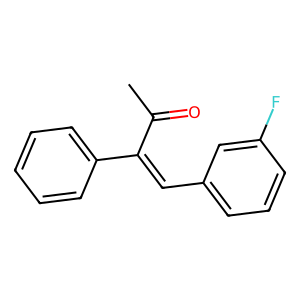
SMILES: CC(=O)C(=Cc1cccc(F)c1)c1ccccc1
Inhibits HIV replication: No